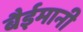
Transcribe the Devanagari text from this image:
बैईमानी